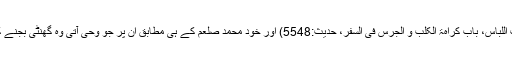
(صحیح مسلم، کتاب اللباس، باب کراہۃ الکلب و الجرس فی السفر، حدیث:5548) اور خود محمد صلعم کے ہی مطابق ان پر جو وحی آتی وہ گھنٹی بجنے کی طرح بھی ہوتی۔